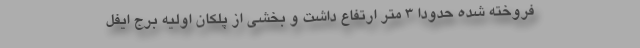
فروخته شده حدودا ۳ متر ارتفاع داشت و بخشی از پلکان اولیه برج ایفل